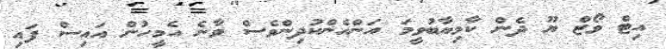
އިޓް ވޯޒް ޔޫ ދެން ކާމިޔާބުވީމަ އަންހެންކުދިންވެސް ވާނެ އެމީހުން އައިސް ފައި